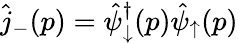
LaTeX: \hat{j}_{-}(p)=\hat{\psi}_{\downarrow}^{\dagger}(p)\hat{\psi}_{\uparrow}(p)